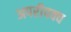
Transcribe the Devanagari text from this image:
अपरीपक्व